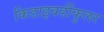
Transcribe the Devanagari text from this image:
किडाइवर्डीकुलर